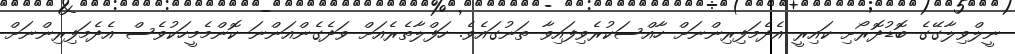
ނީލްވިލާގޭގެ ބޮޑުދޮރޯށި ކައިރީ އެދެމަފިރިންނަށް ހާއްސަކުރެވިފައިވާ ތަނުގައެވެ. ހަފްލާތެރެއަށް ވަދެގެންއަންނަ ކޮންމެމީހަކުވެސް އެދެމަފިރިންނަށް